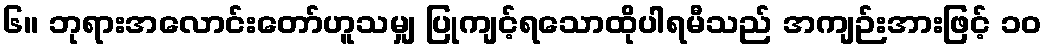
၆။ ဘုရားအလောင်းတော်ဟူသမျှ ပြုကျင့်ရသောထိုပါရမီသည် အကျဉ်းအားဖြင့် ၁၀